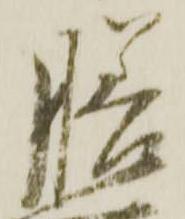
膳